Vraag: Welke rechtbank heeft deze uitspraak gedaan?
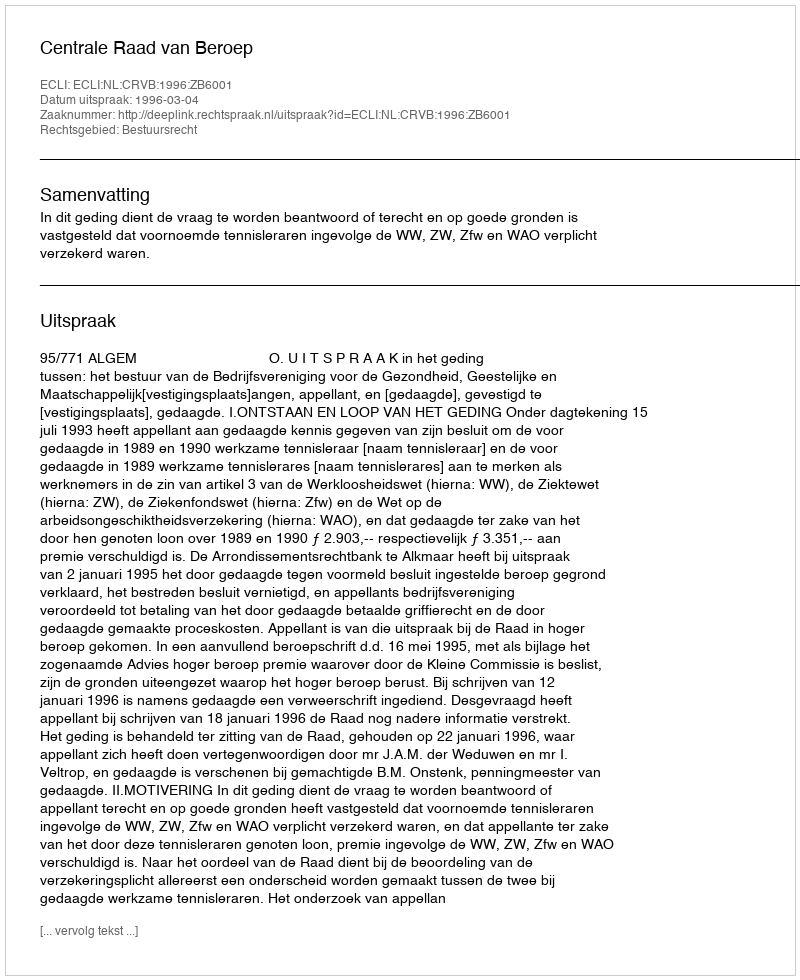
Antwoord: Centrale Raad van Beroep